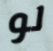
لو